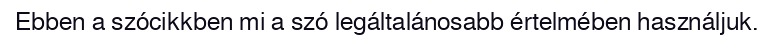
Ebben a szócikkben mi a szó legáltalánosabb értelmében használjuk.